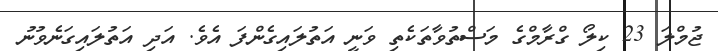
ޖުމްލަ 23 ކިލޯ ގްރާމްގެ މަސްތުވާތަކެތި ވަނީ އަތުލައިގެންފަ އެވެ. އަދި އަތުލައިގަނެވުނު